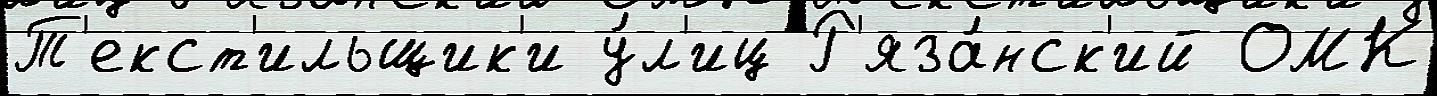
Т'екст'ильщик'и у́л'иц Р'яза́нск'ий ОМК